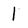
Character: 1